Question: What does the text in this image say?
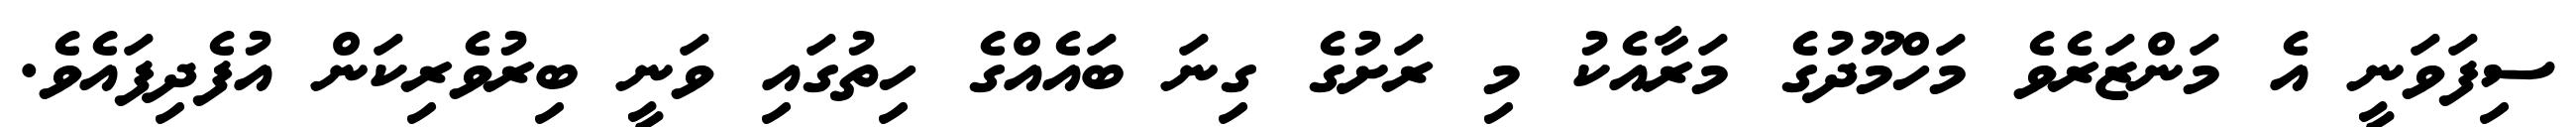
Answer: ސިފަވަނީ އެ މަންޒަރެވެ މަހްމޫދުގެ މަރާއެކު މި ރަށުގެ ގިނަ ބައެއްގެ ހިތުގައި ވަނީ ބިރުވެރިކަން އުފެދިފައެވެ.